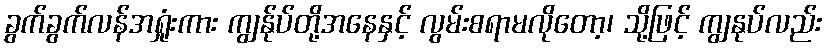
ခွက်ခွက်လန်အရှုံးကား ကျွန်ုပ်တို့အနေနှင့် လွမ်းစရာမလိုတော့၊ သို့ဖြင့် ကျွနုပ်လည်း